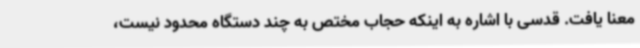
معنا یافت. قدسی با اشاره به اینکه حجاب مختص به چند دستگاه محدود نیست،